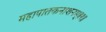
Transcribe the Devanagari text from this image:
महापातकनाशनम्‌॥१॥